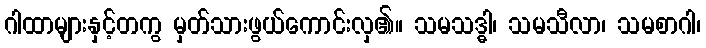
ဂါထာများနှင့်တကွ မှတ်သားဖွယ်ကောင်းလှ၏။ သမသဒ္ဓါ၊ သမသီလာ၊ သမစာဂါ၊